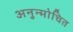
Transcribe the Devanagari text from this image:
अनुन्मोचित